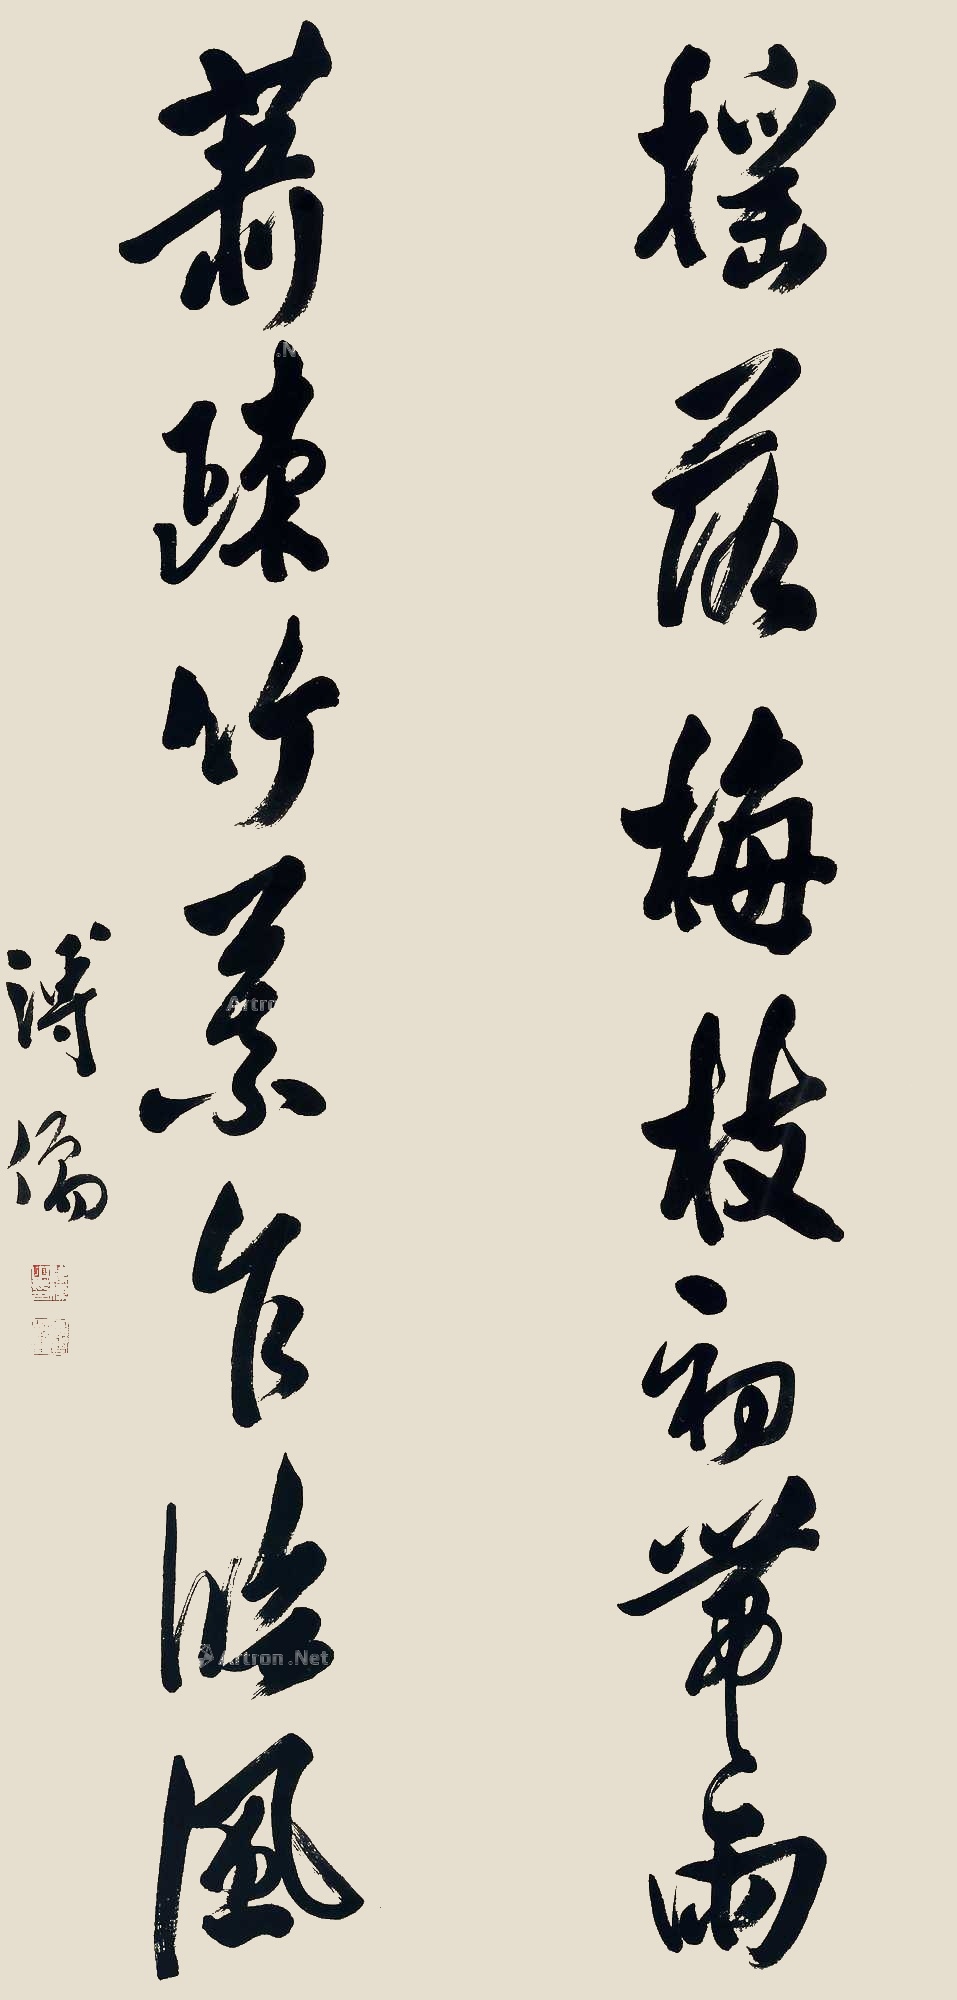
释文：摇落梅枝初带雨，萧疏竹慕乍临风。溥儒。